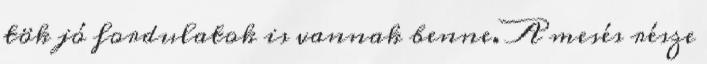
tök jó fordulatok is vannak benne. A mesés része